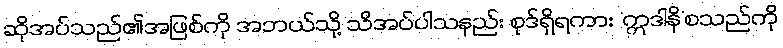
ဆိုအပ်သည်၏အဖြစ်ကို အဘယ်သို့ သိအပ်ပါသနည်း စုဒ်ရှိရကား ‘ဣဒါနိ’စသည်ကို